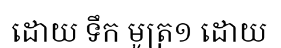
ដោយ ទឹក មូត្រ១ ដោយ